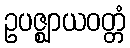
ဥပဇ္ဈာယဝတ္တံ